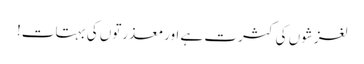
لغزشوں کی کثرت ہے اورمعذرتوں کی بہتات!